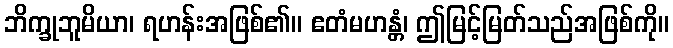
ဘိက္ခုဘူမိယာ၊ ရဟန်းအဖြစ်၏။ ဧတံမဟန္တံ၊ ဤမြင့်မြတ်သည်အဖြစ်ကို။